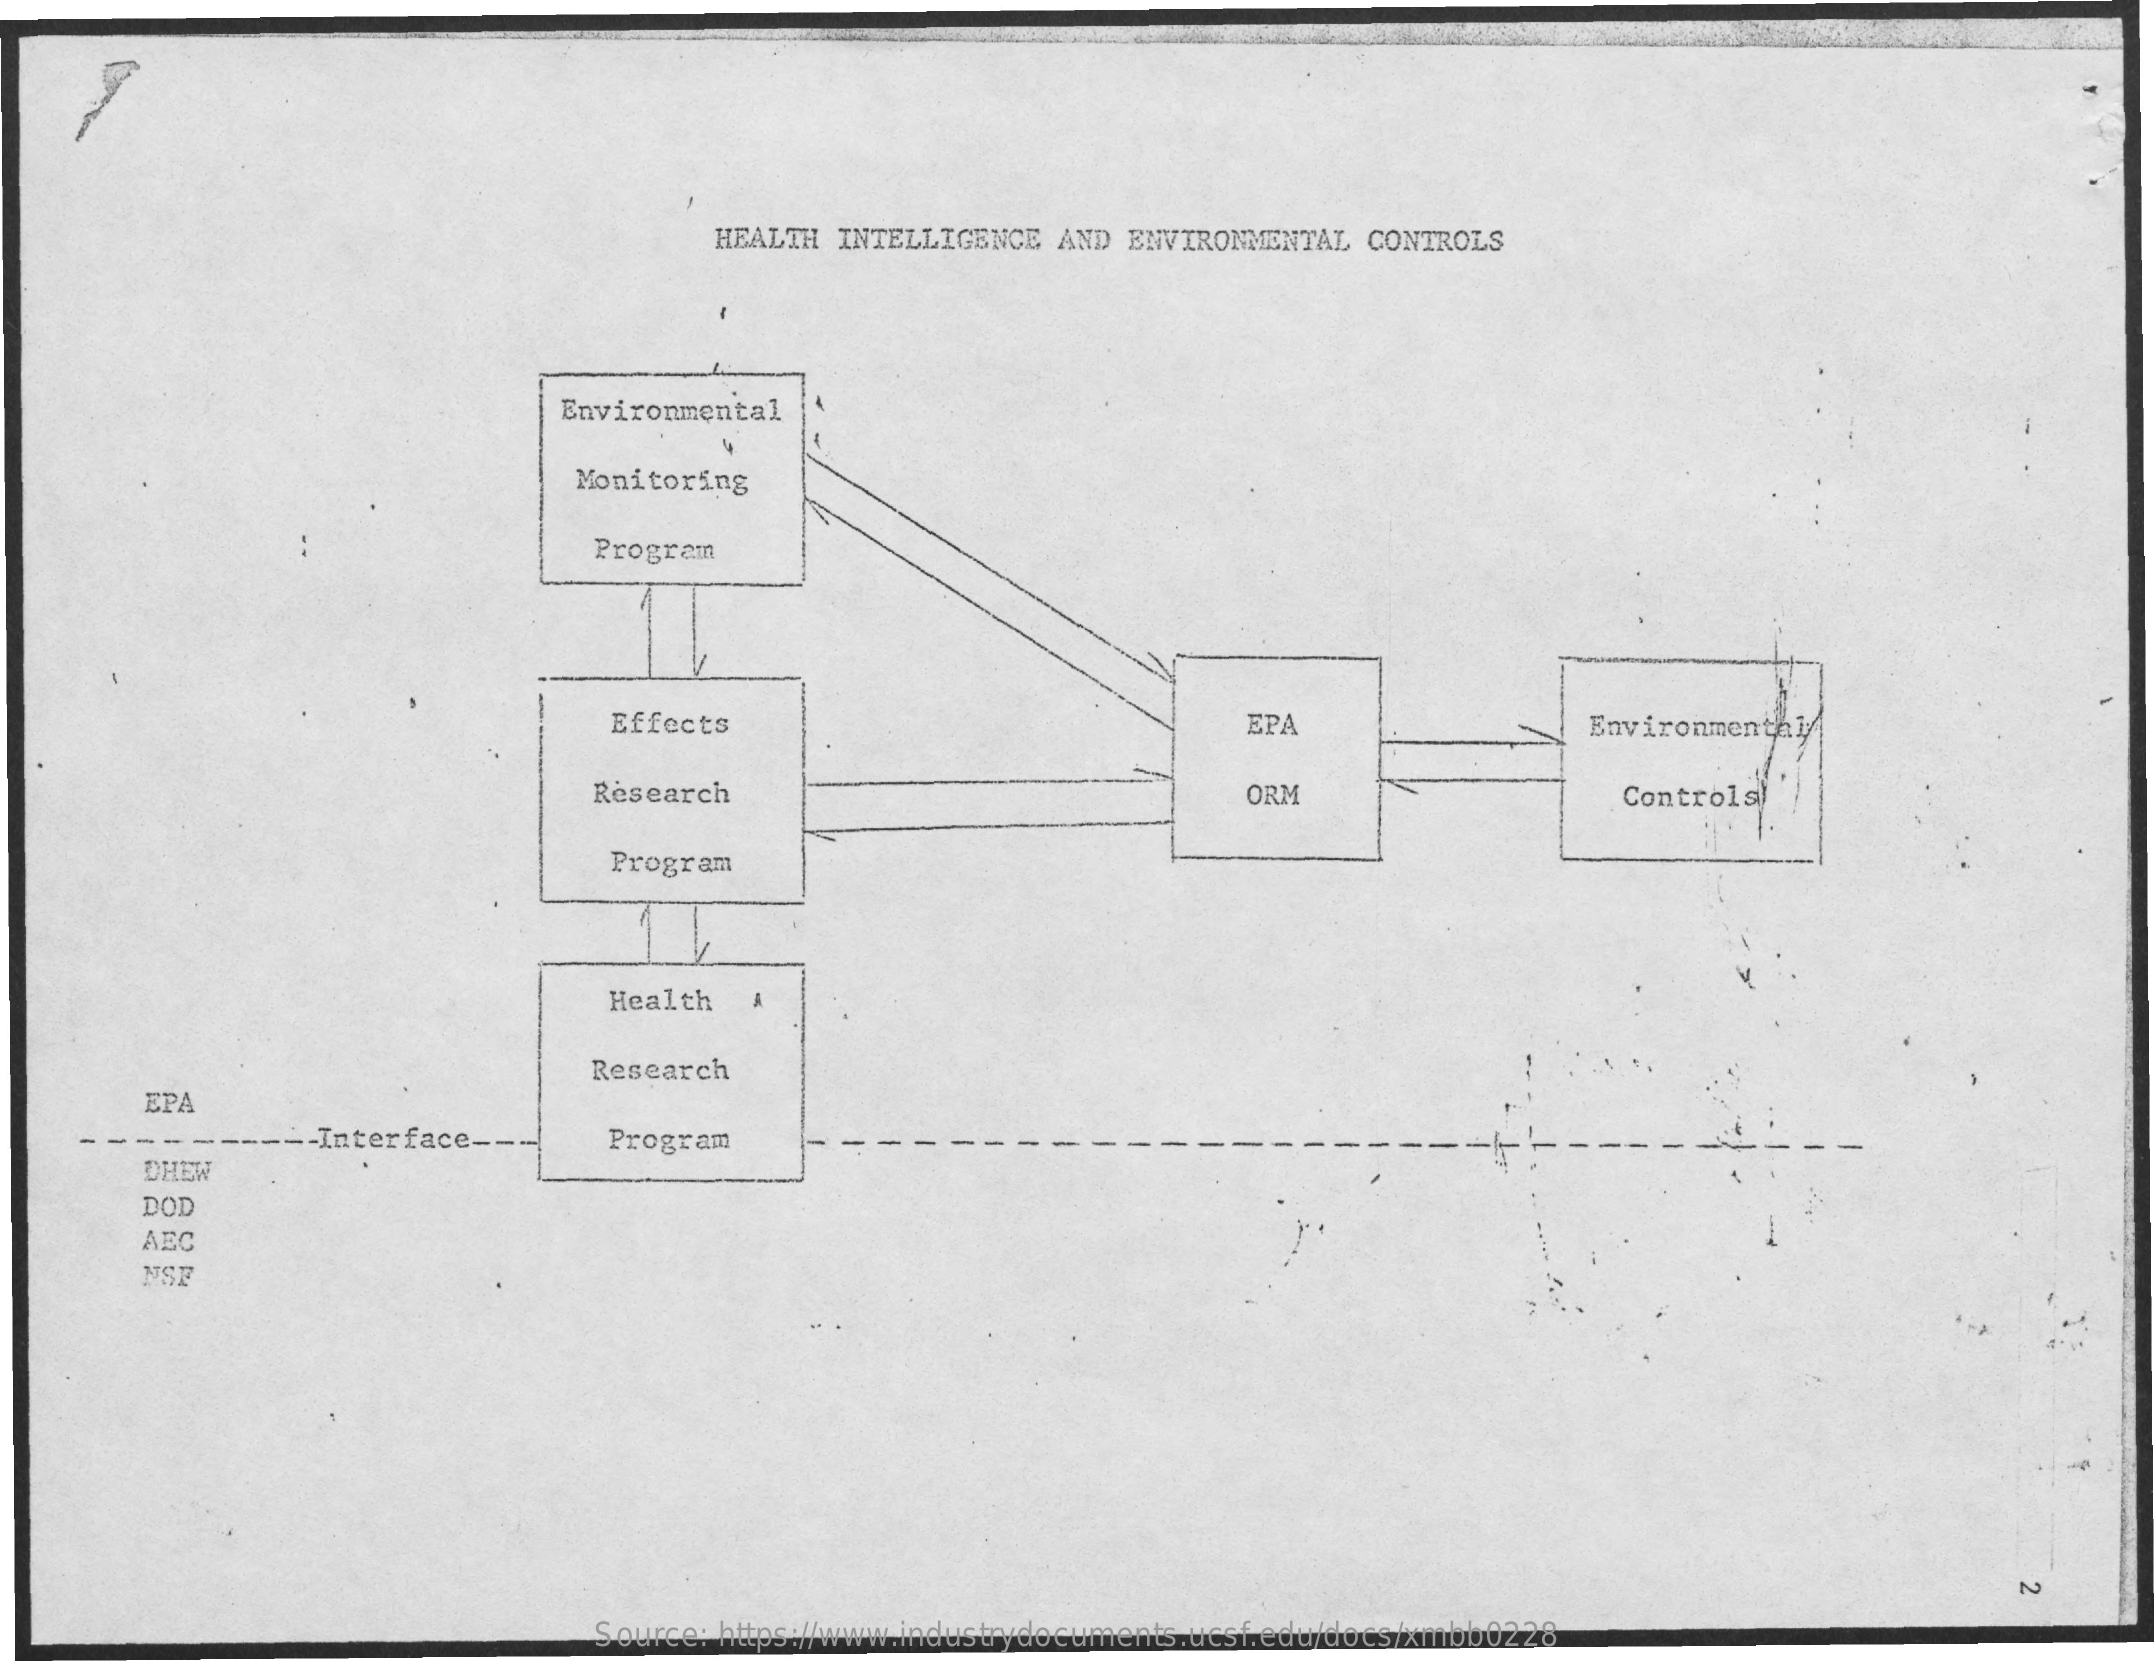
HEALTH INTELLIGENCE  AND ENVIRONMENTAL  CONTROLS
     Environmental
     Monitoring
     Program
     Effects    EPA    Environmenta
     Research    ORM    Controls
     Program
     Health
     Research
     EPA
     - -    --- Interface-    Program
     DHEW
     DOD
     ABC
     NSF
     N
     Source: https://www.industrydocuments.ucsf.edu/docs/xmbb0228